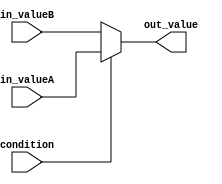
module conditional_assignment (
    input wire condition,
    input wire [3:0] in_valueA,
    input wire [3:0] in_valueB,
    output reg [3:0] out_value
);

always @* begin
    if (condition) begin
        out_value = in_valueA;
    end else begin
        out_value = in_valueB;
    end
end

endmodule